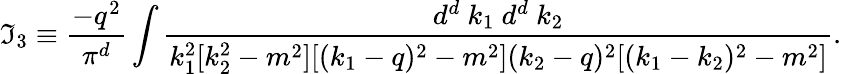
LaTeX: \mathfrak{I}_{3}\equiv\frac{{-q^{2}}}{{\pi^{d}}}\int\frac{{d^{d}~k_{1}~d^{d}~k_{2}}}{{k_{1}^{2}[k_{2}^{2}-m^{2}][(k_{1}-q)^{2}-m^{2}](k_{2}-q)^{2}[(k_{1}-k_{2})^{2}-m^{2}]}}.